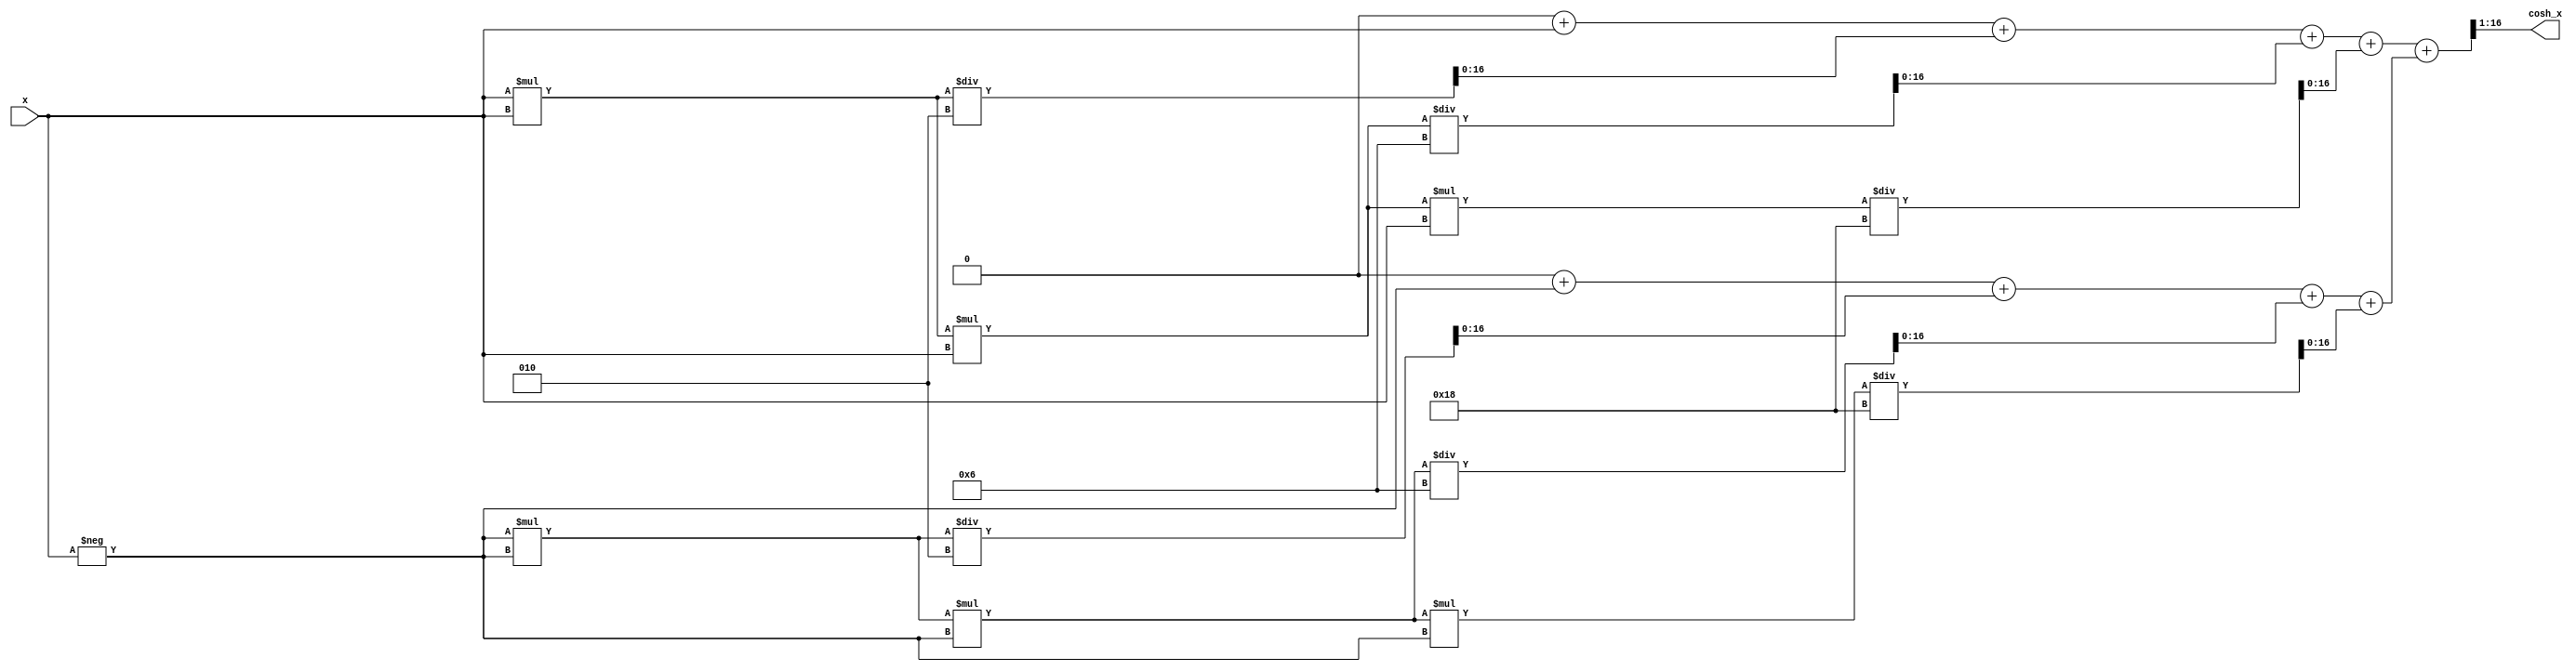
module hyperbolic_cosh #(
    parameter WIDTH = 16,        // Width of input and output
    parameter EXP_WIDTH = 32     // Width for exponential calculation
)(
    input  wire signed [WIDTH-1:0] x,       // Input value
    output wire signed [WIDTH-1:0] cosh_x    // Output value
);

    // Internal signals
    wire signed [EXP_WIDTH-1:0] exp_x;       // e^x
    wire signed [EXP_WIDTH-1:0] exp_neg_x;   // e^(-x)
    wire signed [EXP_WIDTH-1:0] sum_exp;      // e^x + e^(-x)
    wire signed [EXP_WIDTH-1:0] cosh_result;  // Result of cosh calculation

    // Exponential function approximation (simple polynomial approximation)
    function signed [EXP_WIDTH-1:0] exp_approx;
        input signed [WIDTH-1:0] val;
        begin
            // Simple polynomial approximation for e^x
            // e^x  1 + x + x^2/2! + x^3/3! + x^4/4!
            exp_approx = (1 << (EXP_WIDTH-1)) + val + (val * val) / 2 + (val * val * val) / 6 + (val * val * val * val) / 24;
        end
    endfunction

    // Calculate e^x and e^(-x)
    assign exp_x = exp_approx(x);
    assign exp_neg_x = exp_approx(-x);

    // Sum e^x and e^(-x)
    assign sum_exp = exp_x + exp_neg_x;

    // Final result: cosh(x) = (e^x + e^(-x)) / 2
    assign cosh_result = sum_exp >> 1; // Division by 2 using right shift

    // Output assignment
    assign cosh_x = cosh_result[WIDTH-1:0]; // Truncate to output width

endmodule